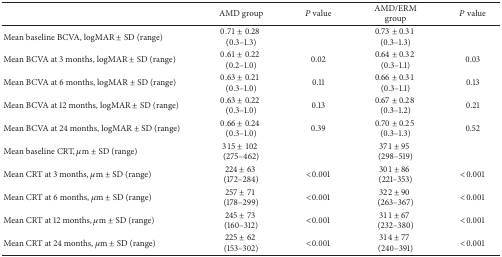
<table><thead><tr><td><b> </b></td><td><b>AMD group</b></td><td><b><i>P</i> value</b></td><td><b>AMD/ERM group</b></td><td><b><i>P</i> value</b></td></tr></thead><tbody><tr><td>Mean baseline BCVA, logMAR ± SD (range)</td><td>0.71 ± 0.28 (0.3–1.3)</td><td> </td><td>0.73 ± 0.31 (0.3–1.3)</td><td> </td></tr><tr><td>Mean BCVA at 3 months, logMAR ± SD (range)</td><td>0.61 ± 0.22 (0.2–1.0)</td><td>0.02</td><td>0.64 ± 0.32 (0.3–1.1)</td><td>0.03</td></tr><tr><td>Mean BCVA at 6 months, logMAR ± SD (range)</td><td>0.63 ± 0.21 (0.3–1.0)</td><td>0.11</td><td>0.66 ± 0.31 (0.3–1.1)</td><td>0.13</td></tr><tr><td>Mean BCVA at 12 months, logMAR ± SD (range)</td><td>0.63 ± 0.22 (0.3–1.0)</td><td>0.13</td><td>0.67 ± 0.28 (0.3–1.2)</td><td>0.21</td></tr><tr><td>Mean BCVA at 24 months, logMAR ± SD (range)</td><td>0.66 ± 0.24 (0.3–1.0)</td><td>0.39</td><td>0.70 ± 0.25 (0.3–1.3)</td><td>0.52</td></tr><tr><td>Mean baseline CRT, <i>μ</i>m ± SD (range)</td><td>315 ± 102 (275–462)</td><td> </td><td>371 ± 95 (298–519)</td><td> </td></tr><tr><td>Mean CRT at 3 months, <i>μ</i>m ± SD (range)</td><td>224 ± 63 (172–284)</td><td>&lt;0.001</td><td>301 ± 86 (221–353)</td><td>&lt;0.001</td></tr><tr><td>Mean CRT at 6 months, <i>μ</i>m ± SD (range)</td><td>257 ± 71 (178–299)</td><td>&lt;0.001</td><td>322 ± 90 (263–367)</td><td>&lt;0.001</td></tr><tr><td>Mean CRT at 12 months, <i>μ</i>m ± SD (range)</td><td>245 ± 73 (160–312)</td><td>&lt;0.001</td><td>311 ± 67 (232–380)</td><td>&lt;0.001</td></tr><tr><td>Mean CRT at 24 months, <i>μ</i>m ± SD (range)</td><td>225 ± 62 (153–302)</td><td>&lt;0.001</td><td>314 ± 77 (240–391)</td><td>&lt;0.001</td></tr></tbody></table>